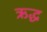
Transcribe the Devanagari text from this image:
ऋद्ध